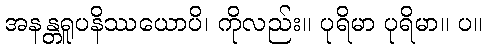
အနန္တရူပနိဿယောပိ၊ ကိုလည်း။ ပုရိမာ ပုရိမာ။ ပ။